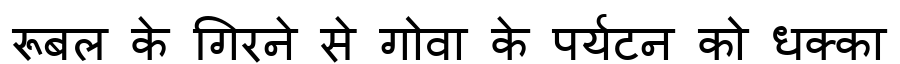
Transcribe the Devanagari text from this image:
रूबल के गिरने से गोवा के पर्यटन को धक्का